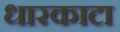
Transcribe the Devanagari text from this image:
धारकाटा